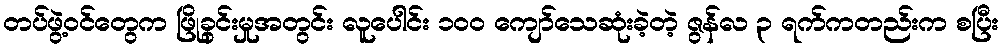
တပ်ဖွဲ့ဝင်တွေက ဖြိုခွင်းမှုအတွင်း လူပေါင်း ၁၀၀ ကျော်သေဆုံးခဲ့တဲ့ ဇွန်လ ၃ ရက်ကတည်းက စပြီး